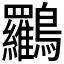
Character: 𪈰